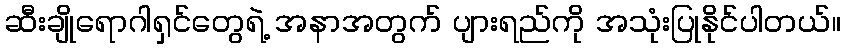
ဆီးချိုရောဂါရှင်တွေရဲ့ အနာအတွက် ပျားရည်ကို အသုံးပြုနိုင်ပါတယ်။